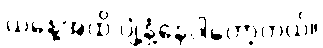
ယနေ့အထိ ပျံ့နှံ့နေပါတော့တယ်။